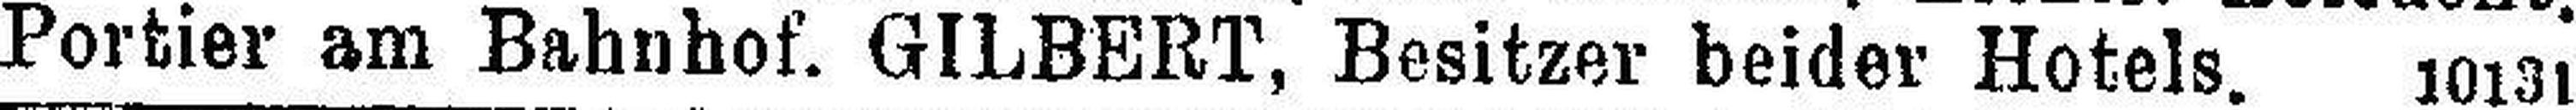
Portier am Bahnhof. GILBERT, Besitzer beider Hotels. 10131